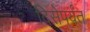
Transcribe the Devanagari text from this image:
दिसेपर्यंत